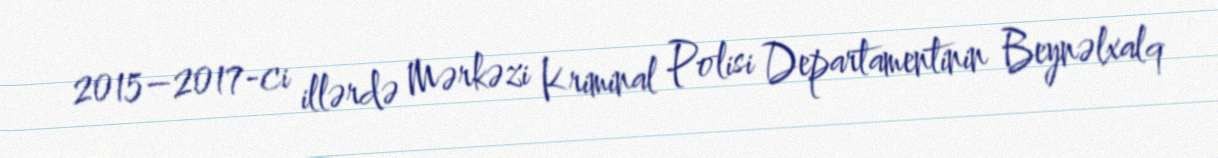
2015–2017-ci illərdə Mərkəzi Kriminal Polisi Departamentinin Beynəlxalq